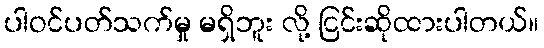
ပါဝင်ပတ်သက်မှု မရှိဘူး လို့ ငြင်းဆိုထားပါတယ်။